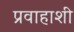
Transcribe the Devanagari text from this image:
प्रवाहाशी